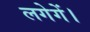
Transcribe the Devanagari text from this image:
लगेगें।